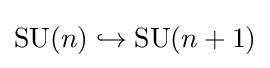
\operatorname {SU} (n)\hookrightarrow \operatorname {SU} (n+1)